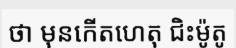
ថា មុនកើតហេតុ ជិះម៉ូតូ